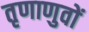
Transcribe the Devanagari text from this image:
तृणाणुवों